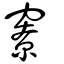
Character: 竂